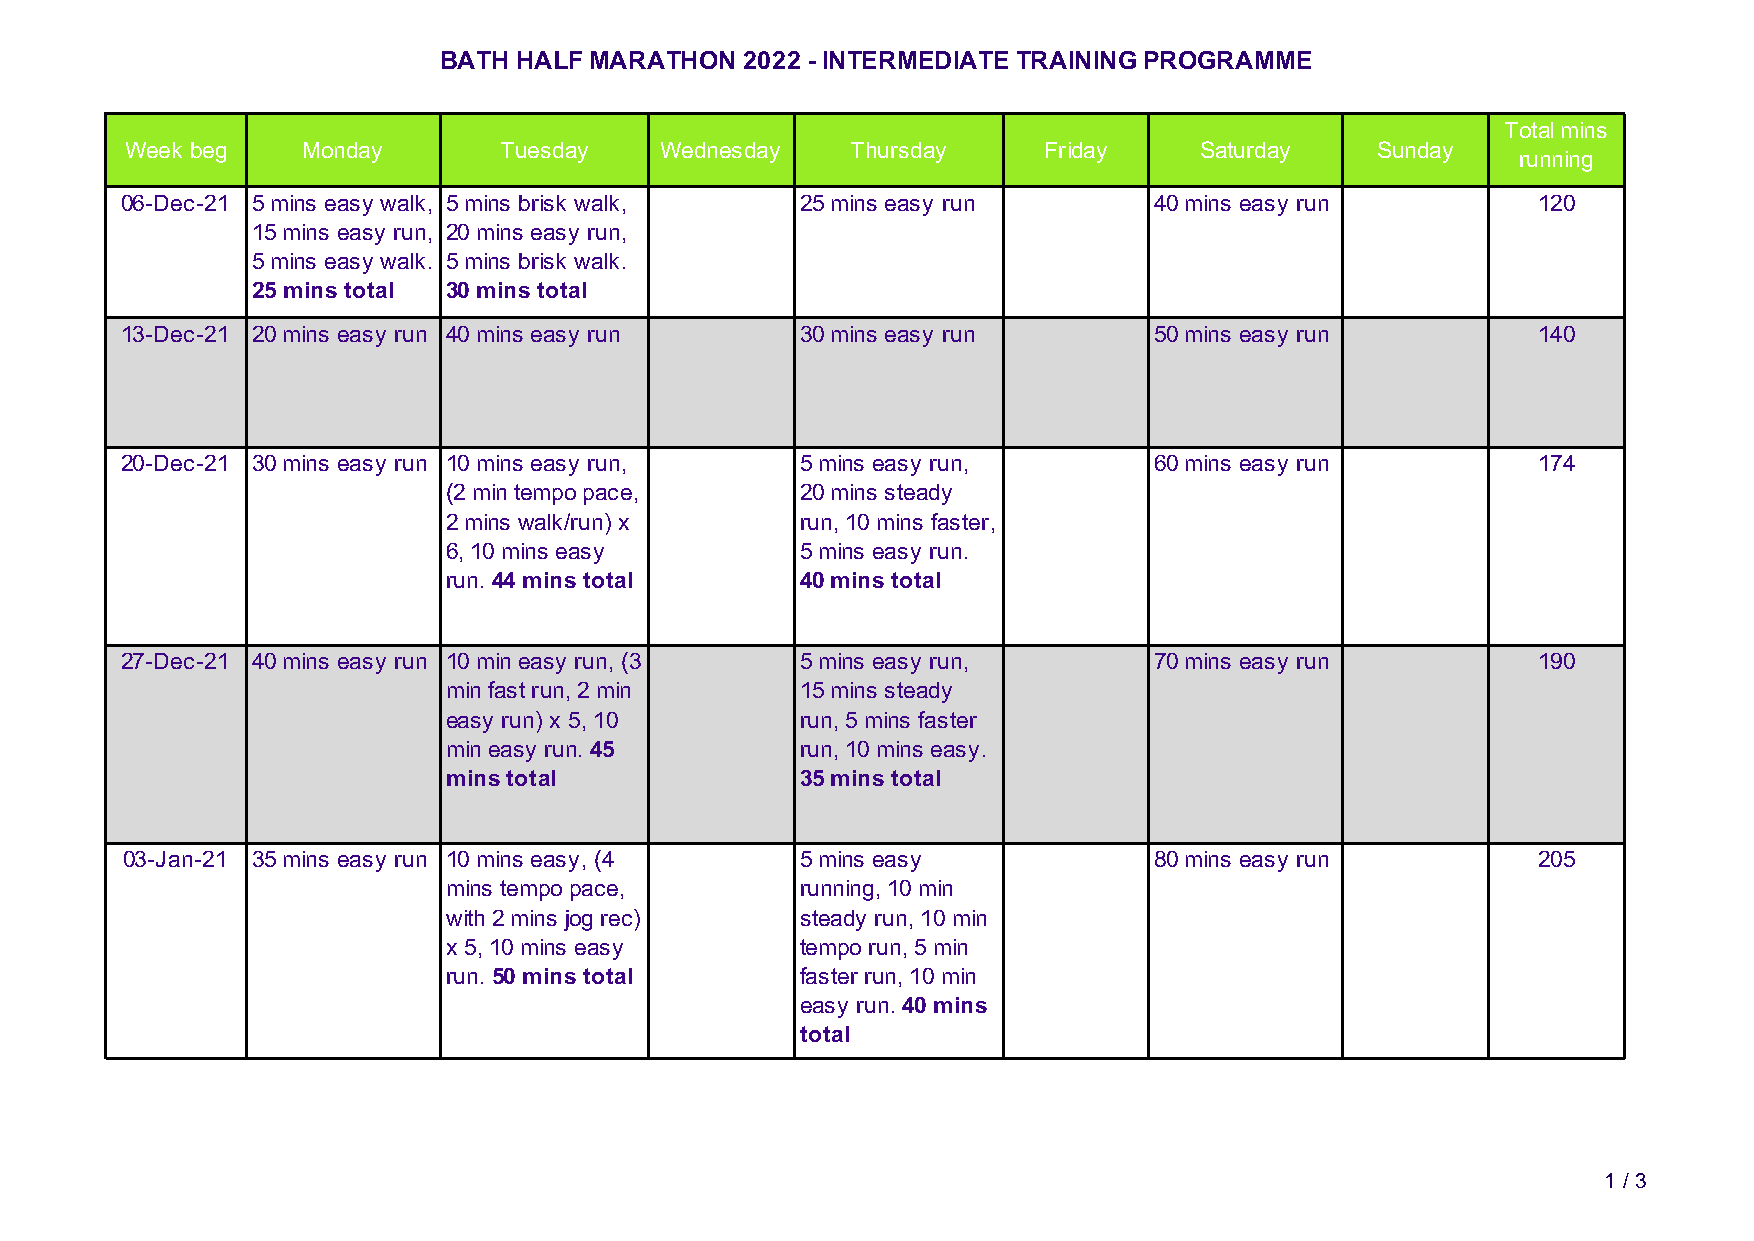
BATH HALF MARATHON  2022 - INTERMEDIATE TRAINING PROGRAMME
 Total mins
 Week beg    Monday       Tuesday    Wednesday   Thursday     Friday    Saturday    Sunday
 running
 06-Dec-21 5 mins easy walk, 5 mins brisk walk, 25 mins easy run     40 mins easy run          120
 15 mins easy run, 20 mins easy run,
 5 mins easy walk. 5 mins brisk walk.
 25 mins total 30 mins total
 13-Dec-21 20 mins easy run 40 mins easy run  30 mins easy run       50 mins easy run          140
 20-Dec-21 30 mins easy run 10 mins easy run, 5 mins easy run,       60 mins easy run          174
 (2 min tempo pace,     20 mins steady
 2 mins walk/run) x     run, 10 mins faster,
 6, 10 mins easy        5 mins easy run.
 run. 44 mins total     40 mins total
 27-Dec-21 40 mins easy run 10 min easy run, (3 5 mins easy run,     70 mins easy run          190
 min fast run, 2 min    15 mins steady
 easy run) x 5, 10      run, 5 mins faster
 min easy run. 45       run, 10 mins easy.
 mins total             35 mins total
 03-Jan-21 35 mins easy run 10 mins easy, (4  5 mins easy            80 mins easy run          205
 mins tempo pace,       running, 10 min
 with 2 mins jog rec)   steady run, 10 min
 x 5, 10 mins easy      tempo run, 5 min
 run. 50 mins total     faster run, 10 min
 easy run. 40 mins
 total
 1 / 3